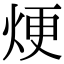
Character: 𪸫